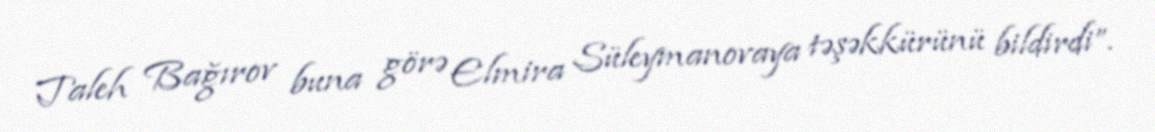
Taleh Bağırov buna görə Elmira Süleymanovaya təşəkkürünü bildirdi”.